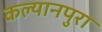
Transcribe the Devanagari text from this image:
कल्यानपुरा